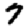
Digit: 7